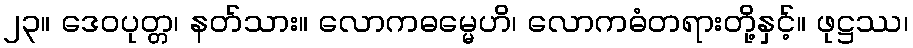
၂၃။ ဒေဝပုတ္တ၊ နတ်သား။ လောကဓမ္မေဟိ၊ လောကဓံတရားတို့နှင့်။ ဖုဋ္ဌဿ၊